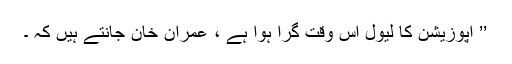
’’ اپوزیشن کا لیول اس وقت گرا ہوا ہے ، عمران خان جانتے ہیں کہ ۔